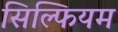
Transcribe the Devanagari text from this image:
सिल्फियम